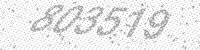
Solution: 803519